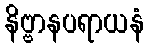
နိဗ္ဗာနပရာယနံ